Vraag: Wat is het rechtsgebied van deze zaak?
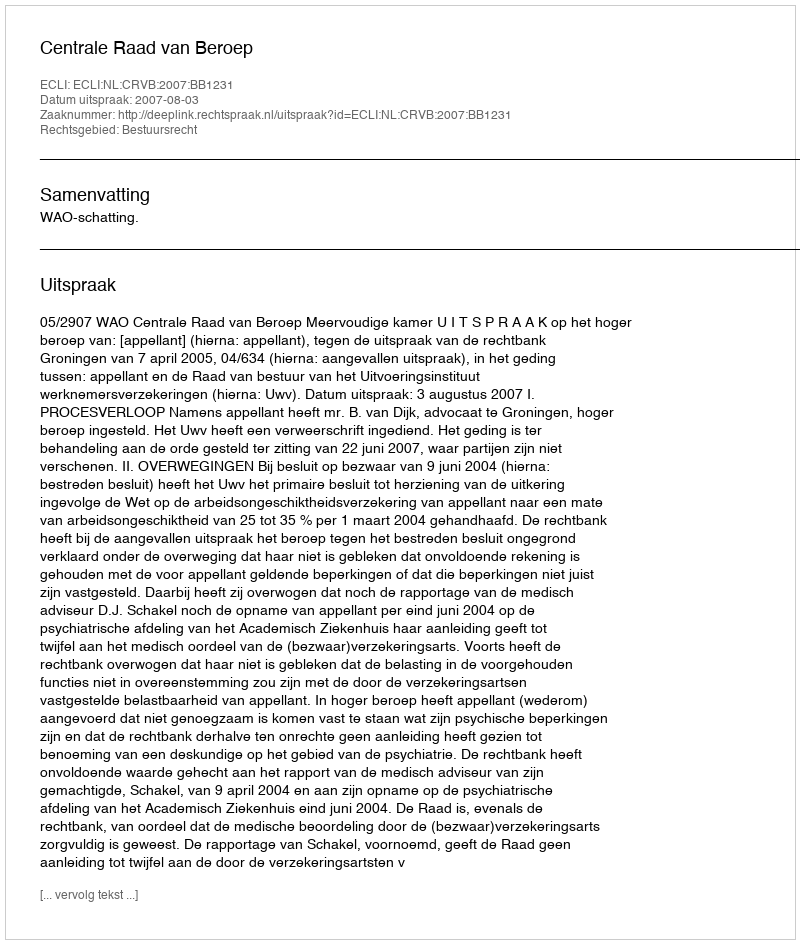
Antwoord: Bestuursrecht